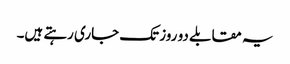
یہ مقابلے دو روز تک جاری رہتے ہیں۔